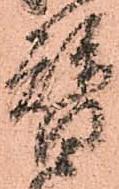
替